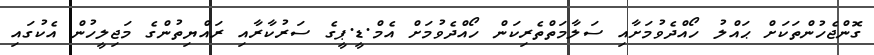
ގޮންޖެހުންތަކަށް ޙައްލު ހޯއްދެވުމަށާއި ސަލާމަތްތެރިކަން ހޯއްދެވުމަށް އެމް.ޑީ.ޕީގެ ސަރުކާރާއި ރައްޔިތުންގެ މަޖިލީހުން އެކުގައި